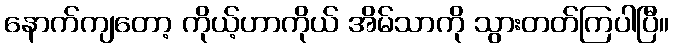
နောက်ကျတော့ ကိုယ့်ဟာကိုယ် အိမ်သာကို သွားတတ်ကြပါပြီ။